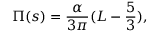
\Pi ( s ) = \frac { \alpha } { 3 \pi } ( L - \frac { 5 } { 3 } ) ,